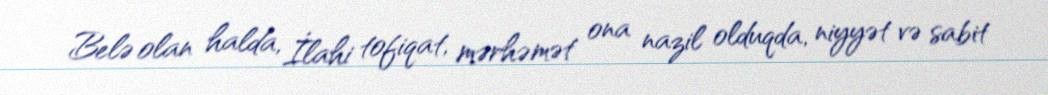
Belə olan halda, İlahi tofiqat, mərhəmət ona nazil olduqda, niyyət və sabit